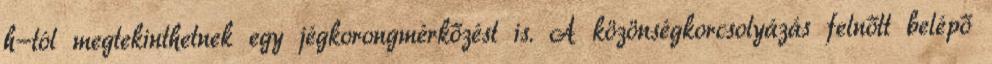
h-tól megtekinthetnek egy jégkorongmérkőzést is. A közönségkorcsolyázás felnőtt belépő